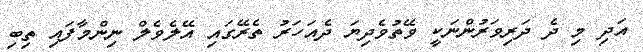
އަދި މި ދެ ދަރިވަރުންނަކީ ވޭތުވެދިޔަ ދެއަހަރު ތެރޭގައި އޭލެވެލް ނިންމާފައި ތިބި